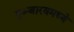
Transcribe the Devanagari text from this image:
गुञ्जारवमध्ये